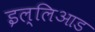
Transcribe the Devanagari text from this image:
इल्लिआड